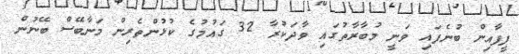
ފީފާއިން ބުނެފައި ވަނީ މުބާރާތުގައި ވާދަކުރާ 32 ގައުމުގެ ކުޅުންތެރިން މަނާބޭސް ބޭނުން